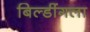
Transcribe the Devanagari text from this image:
बिल्डींगला